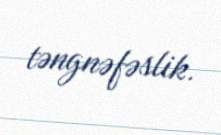
təngnəfəslik.